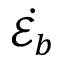
\dot { \mathcal { E } _ { b } }